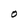
Character: O